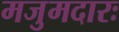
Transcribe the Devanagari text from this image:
मजुमदारः